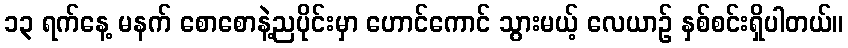
၁၃ ရက်နေ့ မနက် စောစောနဲ့ညပိုင်းမှာ ဟောင်ကောင် သွားမယ့် လေယာဉ် နှစ်စင်းရှိပါတယ်။